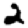
Digit: 2